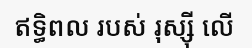
ឥទ្ធិពល របស់ រុស្ស៊ី លើ